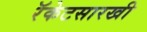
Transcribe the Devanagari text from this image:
रॅकेटसारखी